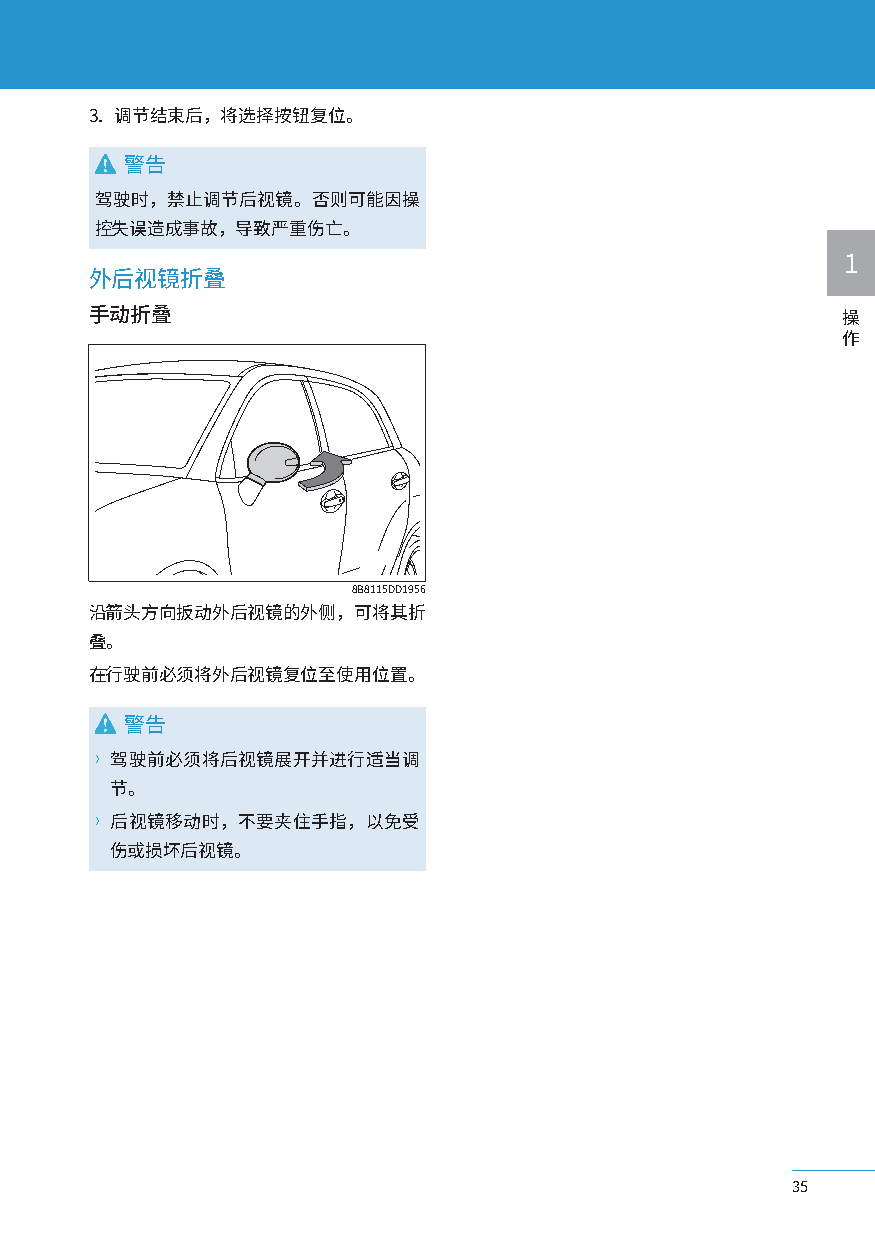
3. 调节结束后，将选择按钮复位。
 警告
 驾驶时，禁止调节后视镜。否则可能因操
 控失误造成事故，导致严重伤亡。
 1
 外后视镜折叠
 手动折叠                                              操
 作
 8B8115DD1956
 沿箭头方向扳动外后视镜的外侧，可将其折
 叠。
 在行驶前必须将外后视镜复位至使用位置。
 警告
 〉驾驶前必须将后视镜展开并进行适当调
 节。
 〉后视镜移动时，不要夹住手指，以免受
 伤或损坏后视镜。
 35